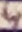
Text: 4